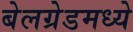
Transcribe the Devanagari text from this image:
बेलग्रेडमध्ये